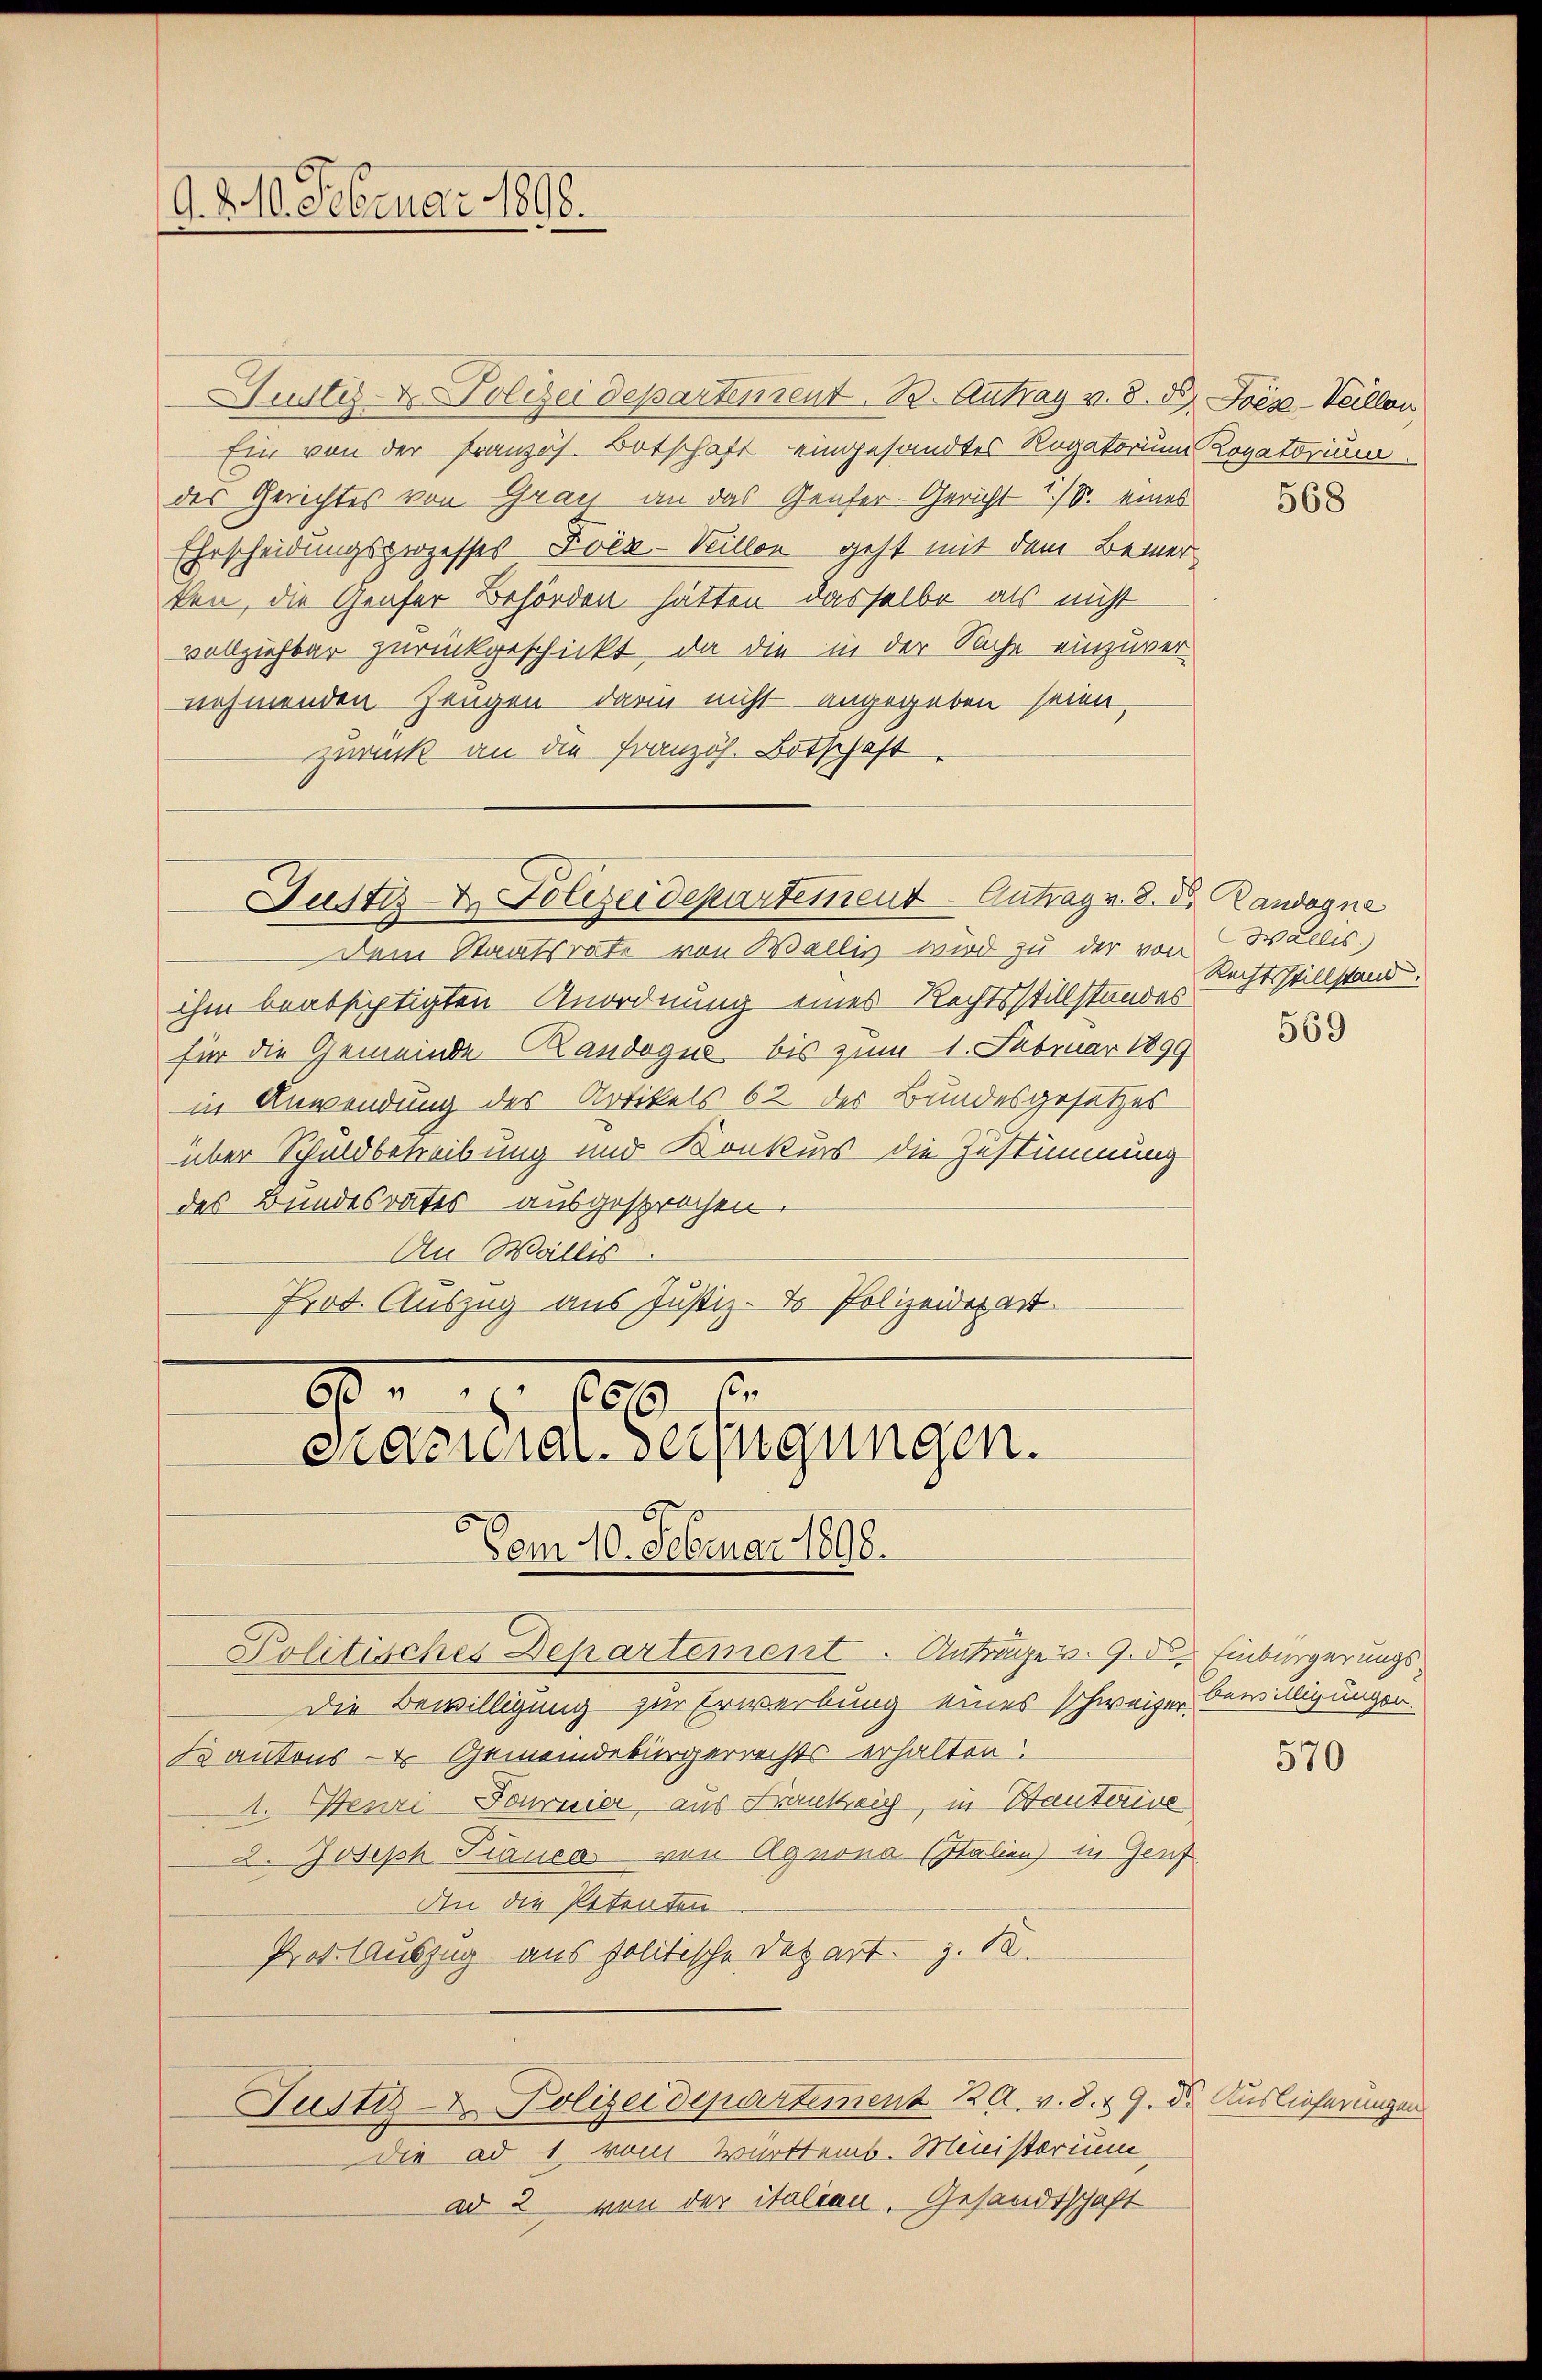
G. 210. Februar 1898.

Justiz- & Polizeidepartement. B. Antrag v. 8. 58 Joés-Veillon
Ein von der Französ. Botschaft eingesandtes Rogatorius Rogatorium
des Gerichtes von Grau an das Genfer-Gericht 1./8. eines
Erscheidungsprozesses Ivéz-Veillon geht mit dem Bemer¬
1
ten, die Genfer Behörden hätten dasselbe als nicht
vollziehbar zurückgeschickt, da die in der Sache einzuvernehmenden Zeugen darin nicht angegeben seien.
zurück an die Französ. Botschaft

Dem Staatsrate von Wallis wird zu der von Walles.)
ihm beabsichtigten Anordnung eines Rechtsstillstandes
für die Gemeinde Randogue, bis zum 1. Februar 1899
in Anwendung des Artikels 62 des Bundesgesetzes
über Schuldbetreibung und Konkurs die Zustimmung
des Bundesrates ausgesprochen.
An Wallis
Prot. Auszug aus Justiz- & Polizeidepart

Justiz- & Polizeidepartement Antrag v. 8. d. Randagne

169
cacuial-Verfügungen.
Vom 10. Februar 1898.
Politisches Departement. Antrage v. 9. d. Einbürgerungs

Justiz- Polizeidepartement 20. v. d. 29. d. Auslieferungen

die ad 1 vom Württemb. Ministerium
ad 2 von der italien. Gesandtschaft

Die Bewilligung zur Erwerbung eines schweizer Bewilligungen.
Kantons - Gemeindebürgerrechts erhalten
1. Henri Journier, aus Frankreich, in Bauterine
2. Joseph Fiaucas von Agnona (Italien) in Genf
An die Petenten
Prot. Auszug aus politische Depart z. B.

568

Rechtsstillstand.

569

570